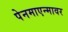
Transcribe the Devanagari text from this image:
पेनमाएन्मावर